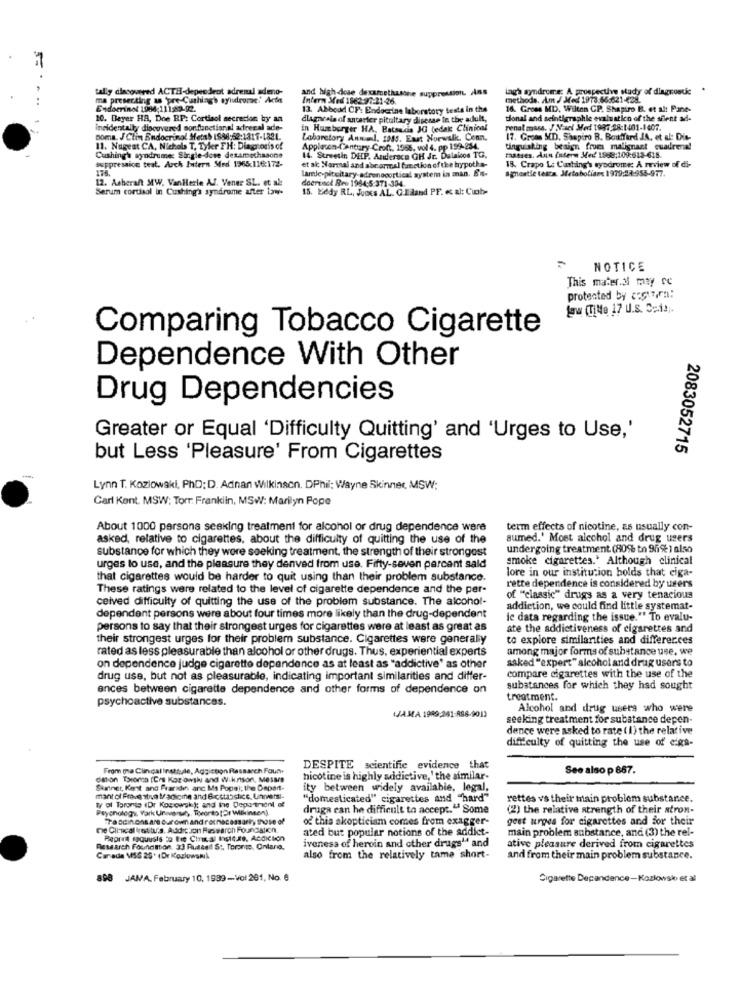
1
tally discovered ACTH-dependent adrenal adeno-
and high dose dexamethastre suppression. Ans
ingh syndrome: A prospective study of diagnostic
ma presecting as 'pre-Cushiag's syludrome:' Acte
Intern Med 1962-97-21-26.
methods. Am / Med 1973.66:621-428.
Endocrinot 1984;111:89-92.
13. Abboad OF: Endocrine laboratory tests in the
16. Groes MD, Wilton CP. Shapiro B. et alt Pane-
10. Beyer HA, Doe RP: Cortisol secrecion by an
dlagncais of ancarter pituitary disesse to the adult,
tional and scintigraphie evaluation of the silent add-
incidentally discovered non functional adrenal ade-
in Hamburger HA. Batsudis JG tedax Clinical
renal mass. J Nel Med 1997:28:1401-1407.
noma. J Clin Endocrinol Metab ISSA:52:1317-1821.
Laboratory Annel. 1995. East Norwalk, Conn.
17. Groes MD. Shapiro B. Bouffard JA, et al: Dis-
11. Nagest CA, Nichols T, Tyler TH: Diag oris of
Applecon-Century Croft. 1966. vol 4. pp 199-254.
tinguishing besign from malignant cuadrena!
suppression teat. Arch Intern Med 1966:116:172-
Cushing's syndrome: Sirgle-dose dexamethasone
14. Streetin DEP. Andersca GH Jr. Dalaicos TO.
masses. Aun Intern Med 1968:109:613-618.
175.
lamle-pituitary-adrenocortical system in man. E'is-
et al; Normal and abr ormal function of the hypotha-
agnostie testa, Metabolians 1979:27-953-977.
18. Crapo L: Casting's syndrome: A review of di-
doerinck Rev 1984:5-371-304.
12. Asherant MW. VanHerle Af. Vener SL. et al:
Serum cortisol in Cushing's syndrome after Law.
15. Kiedy RL, Juces AL. G.Edand PF. « al: Cuob-
NOTICE
This mater.al may re
protected by crew,rn:
Low (Title 17 U.s. S.i .;.
Comparing Tobacco Cigarette
Dependence With Other
Drug Dependencies
Greater or Equal 'Difficulty Quitting' and 'Urges to Use,'
2083052715
but Less 'Pleasure' From Cigarettes
Lynn T. Kozlowski, PhD: D. Adnan Wilkinson. DPhil; Wayne Skinner, MSW:
Carl Kent. MSW: Torr. Franklin, MSW: Marilyn Pope
About 1000 persona seeking treatment for alcohol or drug dependence were
term effects of nicotine, as usually con-
asked, relative to cigarettes, about the difficulty of quitting the use of the
sumed.' Most alcohol and drug users
substance for which they wore seeking treatment, the strength of their strongest
undergoing treatment (80% to 96% ) also
smoke cigarettes.' Although clinical
urges to use, and the pleasure they denved from use. Fifty-seven percent sald
lore in our institution bolds that ciga-
that cigarettes would be harder to quit using than their problem substance.
These ratings were related to the level of cigarette dependence and the per-
rette dependence is considered by users
ceived difficulty of quitting the use of the problem substance. The alcohol-
of "classic" drugs as a very tenacious
addiction, we could find little systemat-
dependent persons were about four times more likely than the drug-dependent
le data regarding the issue." To evalu-
persons to say that their strongest urges for cigarettes were at least as great as
ate the addictiveness of cigarettes and
their strongest urges for their problem substance. Cigarettes were generally
to explore similarities and differer.ces
rated as less pleasurable than alcohol or other drugs. Thus, experiential experts
among major forms of substance use, we
saked "expert" alcohol and drug users to
on dependence judge cigarette dependence as at least as "addictive' as other
drug use, but not as pleasurable, indicating important similarities and differ-
compare cigarettes with the use of the
ances between cigarette dependence and other forms of dependence on
substances for which they had sought
psychoactive substances.
treatment.
IJAMA 1989:261-898-901)
Alcohol and drug users who were
seeking treatment for substance depen-
dence were asked to rate ( 1) the relative
difficulty of quitting the use of cigs-
From ma Clinical insttyle, Aggicon Research Foun.
DESPITE scientific evidence that
See also p 867.
dmon Tororos (Crs Kat owski and Wik.nson, Mesars
nicotine is highly addictive, ' the similar-
Skiner, Kent and Frarides anc Ma Popel; the Depart-
ity between widely available, legal,
mant ol Fravestrua Macome and 6-cstabslics. Uhrvers-
"domesticated" cigarettes and "hard"
rettes vs their main problem substance.
Psychology, Work Univeruh, Toronto (Or Wilkinson)
Ty of Toronto (Dr Kozowski); and the Department of
druga can he difficult to accept." Some
(2) the relative strength of their stron-
778 sdin ons are Our own and ratnecessarily those of
of this akopticiam comes from exagger-
gest urges for cigarettes and for their
ne Cli-ucal restitu's. Addition Research Foundation.
ated but popular notions of the addict-
main problem substance, and (3) the rel-
Pepred spquusis to the Clas al Insit.se, Acdiciich
iveness of heroin and other drugs" and
Research Foundation. 33 Russell St. Toronto, Ontario,
ative pleasure derived from cigarettes
Carade MISS 25. (Dr KozlowskiA
also from the relatively tame short-
and from their main problem substance.
898
JAMA. February 10, 1939-Vol 261, No. 6
Cigarette Depandance-Kozlowsko et al